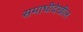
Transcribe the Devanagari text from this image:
समाधीदेखील